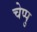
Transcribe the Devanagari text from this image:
चेप्पु